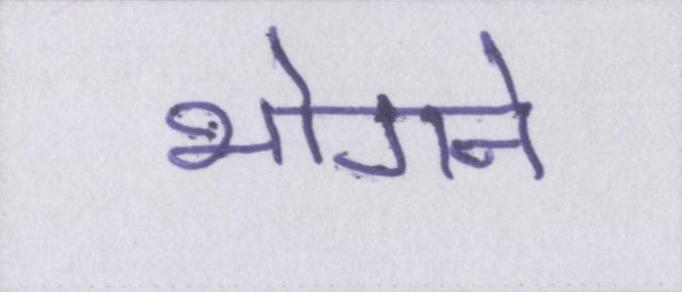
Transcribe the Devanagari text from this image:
भोगने